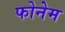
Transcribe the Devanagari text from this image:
फोनेम